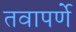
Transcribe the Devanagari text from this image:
तवापर्णे